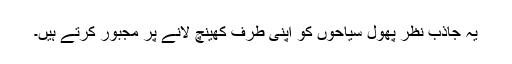
یہ جاذب نظر پھول سیاحوں کو اپنی طرف کھینچ لانے پر مجبور کرتے ہیں۔